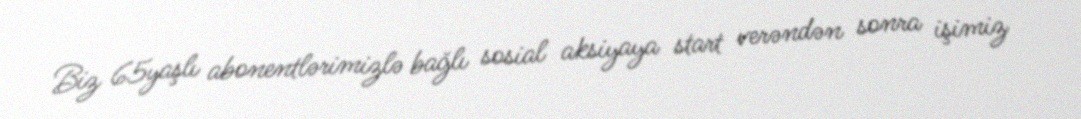
Biz 65yaşlı abonentlərimizlə bağlı sosial aksiyaya start verəndən sonra işimiz